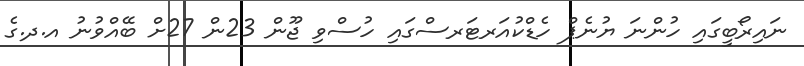
ނައިރޯބީގައި ހުންނަ ޔުނެޕް ހެޑްކުއަރޓަރސްގައި ހުސްވި ޖޫން 23ން 27ށް ބޭއްވުނު އ.ދ.ގެ